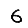
Digit: 6